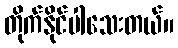
တိုက်နိုင်ပါသေးတယ်။